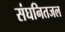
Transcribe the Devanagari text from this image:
संघनितजल